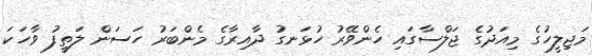
މަޖިލީހުގެ މިއަދުގެ ޖަލްސާގައި ހެންވޭރު ހުޅަނގު ދާއިރާގެ މެންބަރު ހަސަން ލަތީފު ވާހަކަ